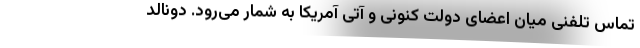
تماس تلفنی میان اعضای دولت کنونی و آتی آمریکا به شمار می‌رود. دونالد